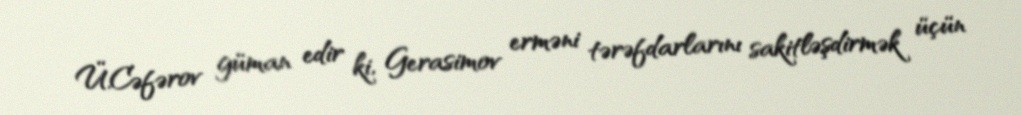
Ü.Cəfərov güman edir ki, Gerasimov erməni tərəfdarlarını sakitləşdirmək üçün